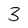
Character: 3